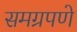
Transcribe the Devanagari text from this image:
समग्रपणे